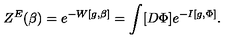
Z ^ { E } ( \beta ) = e ^ { - W [ g , \beta ] } = \int [ D \Phi ] e ^ { - I [ g , \Phi ] } .